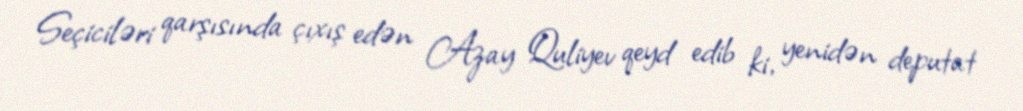
Seçiciləri qarşısında çıxış edən Azay Quliyev qeyd edib ki, yenidən deputat